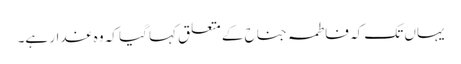
یہاں تک کہ فاطمہ جناح کے متعلق کہا گیا کہ وہ غدار ہے۔